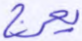
يعرج